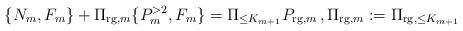
LaTeX: \begin{align*}\{ N_{m},F_{m}\}+ \Pi_{{\rm rg},m} \{P^{>2}_{m},F_{m}\}=\Pi_{\leq K_{m+1}} P_{{\rm rg},m}\,, \Pi_{{{\rm rg}},m}:= \Pi_{{{\rm rg}},\leq K_{m+1}}\end{align*}